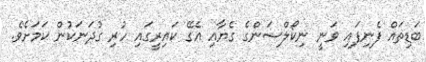
ބަޑިތައް ފެނިފައި ވަނީ ނިކޯލްސަންގެ ގެޔާއި އެގޭ ކައިރީގައި ހުރި ގުދަނަކުން ކަމަށެވެ.